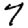
Digit: 7